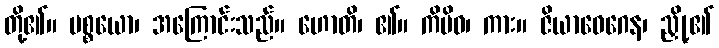
တို့၏။ ပစ္စယော၊ အကြောင်းသည်။ ဟောတိ၊ ၏။ ကိမိဝ၊ ကား။ ဇိယာဝေဂေန၊ ညှို့၏